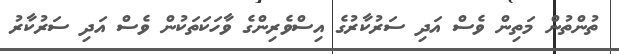
ތުންތުން މަތިން ވެސް އަދި ސަރުކާރުގެ އިސްވެރިންގެ ވާހަކަތަކުން ވެސް އަދި ސަރުކާރު